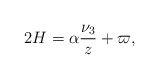
\begin{align*}2H=\alpha\frac{\nu _3}{z}+\varpi,\end{align*}